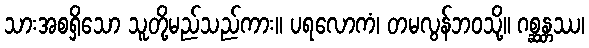
သားအစရှိသော သူတို့မည်သည်ကား။ ပရလောကံ၊ တမလွန်ဘဝသို့။ ဂစ္ဆန္တဿ၊